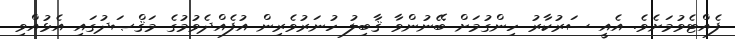
ފެއްޓެވުމަށެވެ. އެއީ ސަރުކާރު ހިންގުމަށް ބޭނުންވާ ޤާބިލު ހުނަރުވެރިން އުފެއްދެވުމުގެ މަޤްޞަދުގައި އެޅުއްވި